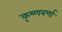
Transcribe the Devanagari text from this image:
कृष्णवर्णा